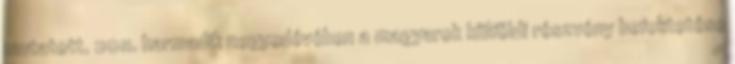
mutatott. 2011. harmadik negyedévében a magyarok külföldi részvény befektetése